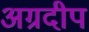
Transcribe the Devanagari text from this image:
अग्रदीप